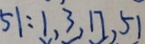
5 1 : 1 , 3 , 1 7 , 5 1